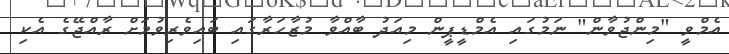
އެމްވީ "މިންޖުވާން" ނަމުގައި އެމްޑީޕީން މިއަދު ބާއްވާ މުޒާހަރާގައި ބައިވެރިވުމަށް ރާއްޖޭގެ އެކި